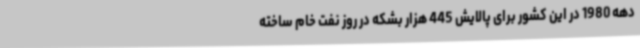
دهه 1980 در این کشور برای پالایش 445 هزار بشکه در روز نفت خام ساخته